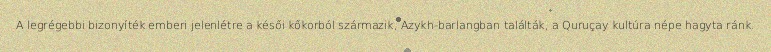
A legrégebbi bizonyíték emberi jelenlétre a késői kőkorból származik, Azykh-barlangban találták, a Quruçay kultúra népe hagyta ránk.